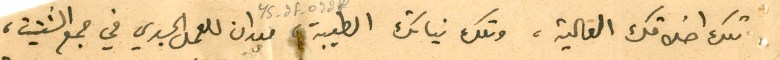
تلك اخلاقك العَالية، وتلك نياتك الطيبة ميدان للعمل الجدي في جمع الشتيت،